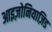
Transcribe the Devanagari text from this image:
आइज़ोनियाज़िड